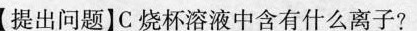
【提出问题】C烧杯溶液中含有什么离子?【